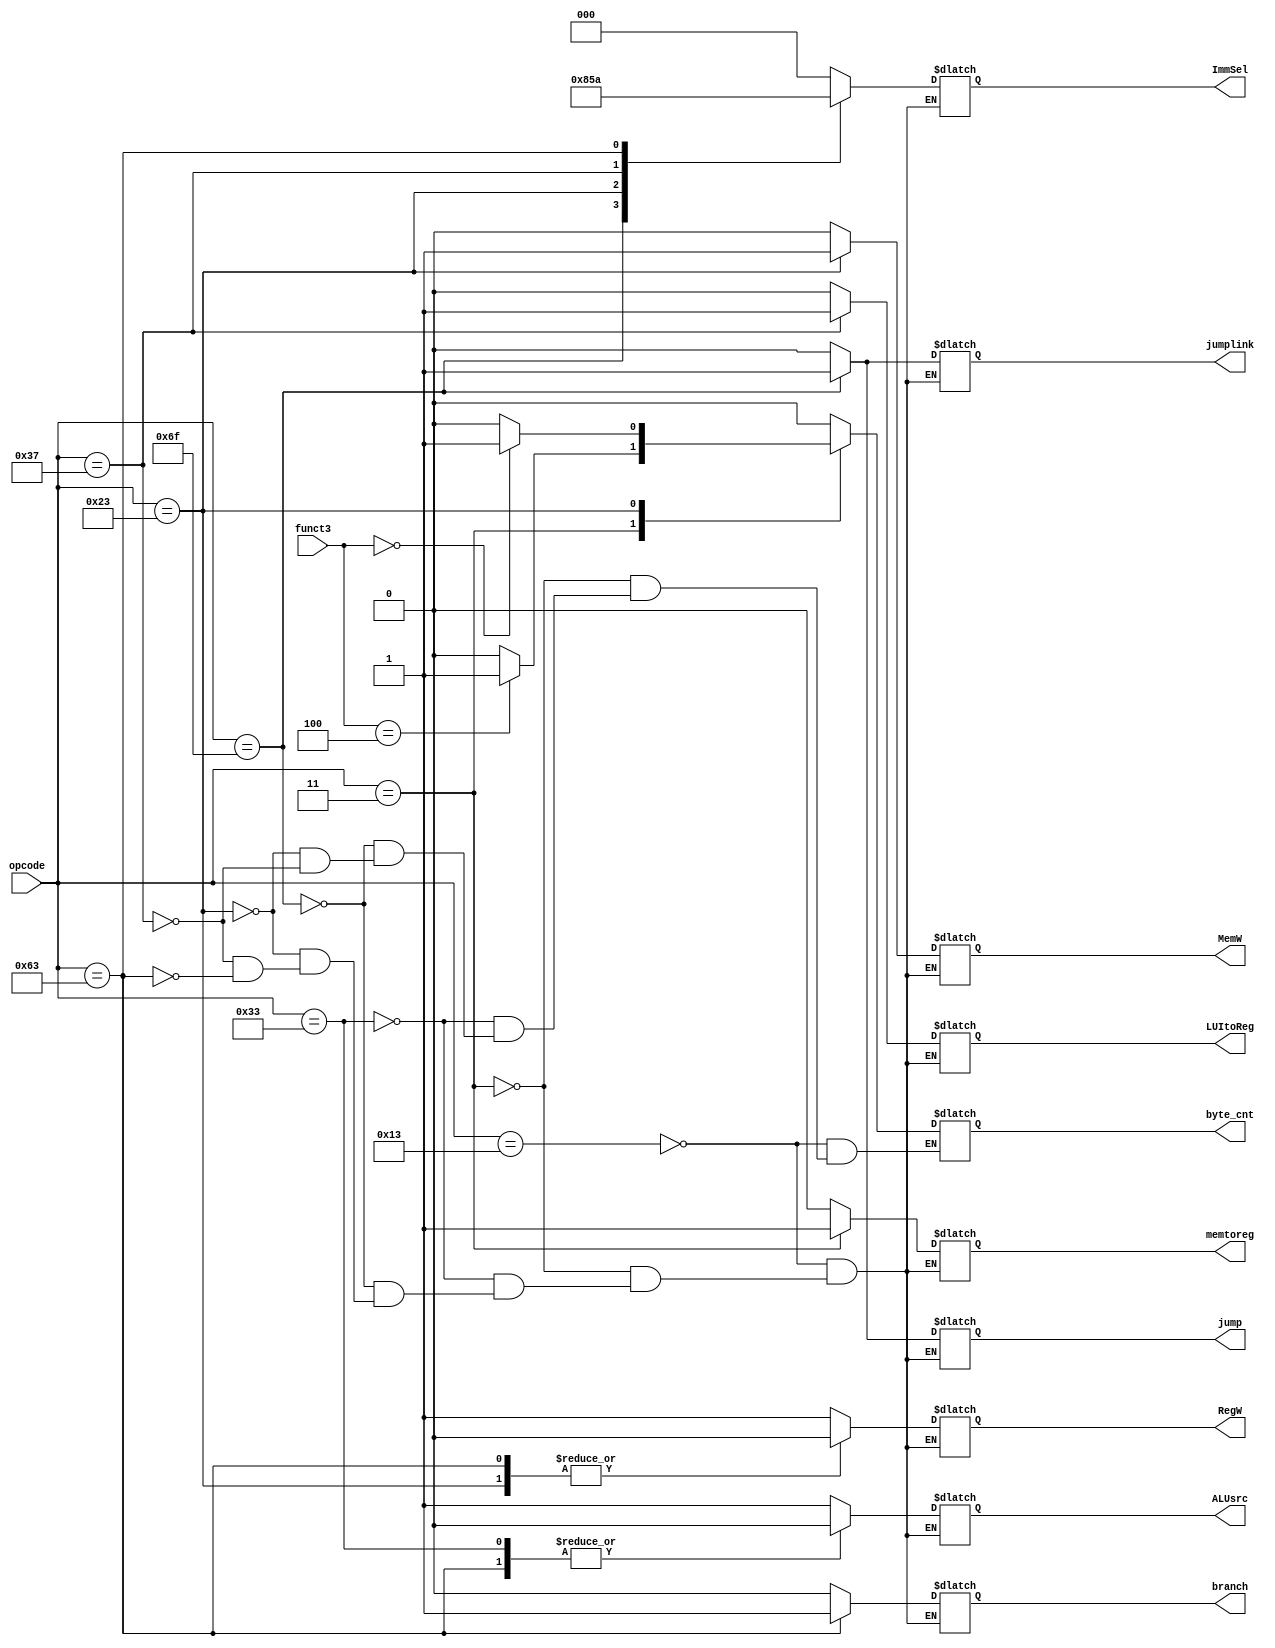
module UC(
 input [6:0] opcode,
 input [2:0] funct3,
 
 output reg  [2:0] ImmSel, //para generador de inmediato
 output reg branch, jump, jumplink, memtoreg, MemW, ALUsrc, RegW, LUItoReg, byte_cnt); //multiplexores


always @(*)
begin
 case(opcode)
 7'b0010011:  begin  // 19 (tipo I)
     branch = 1'b0;
     jump = 1'b0;
     jumplink = 1'b0;
     memtoreg = 1'b0;
     MemW = 1'b0;
     ALUsrc = 1'b1;
     RegW = 1'b1;
     ImmSel = 3'b000;
     LUItoReg = 1'b0;
	  byte_cnt = 1'b0;
     end

 7'b0000011: begin // 3 (tipo I load)
     branch = 1'b0;
     jump = 1'b0;
     jumplink = 1'b0;
     memtoreg = 1'b1;
     MemW = 1'b0;
     ALUsrc = 1'b1;
     RegW = 1'b1;
     ImmSel = 3'b000;
     LUItoReg = 1'b0;
	  if (funct3 == 3'b100) byte_cnt = 1'b1;
	  else byte_cnt = 1'b0;
    end

 7'b0110011: begin // 51 (tipo R)
     branch = 1'b0;
     jump = 1'b0;
     jumplink = 1'b0;
     memtoreg = 1'b0;
     MemW = 1'b0;
     ALUsrc = 1'b0;
     RegW = 1'b1;
     ImmSel = 3'b000;
     LUItoReg = 1'b0;
	  byte_cnt = 1'b0;
     end

 7'b1101111: begin // 111 (tipo J) jal
     branch = 1'b0;
     jump = 1'b1;
     jumplink = 1'b1;
     memtoreg = 1'b0;
     MemW = 1'b0;
     ALUsrc = 1'bx;
     RegW = 1'b01;
     ImmSel = 3'b100;
     LUItoReg = 1'b0;
	  byte_cnt = 1'b0;
     end

 7'b0100011: begin // 35 (tipo S)
     branch = 1'b0;
     jump = 1'b0;
     jumplink = 1'b0;
     memtoreg = 1'b0;
     MemW = 1'b1;
     ALUsrc = 1'b1;
     RegW = 1'b0;
     ImmSel = 3'b001;
     LUItoReg = 1'b0;
	  if (funct3 == 3'b000) byte_cnt = 1'b1;
	  else byte_cnt = 1'b0;
     end

 7'b0110111: begin // 55 (tipo U) lui
     branch = 1'b0;
     jump = 1'b0;
     jumplink = 1'b0;
     memtoreg = 1'b0;
     MemW = 1'b0;
     ALUsrc = 1'b1;
     RegW = 1'b1;
     ImmSel = 3'b011;
     LUItoReg = 1'b1;
	  byte_cnt = 1'b0;
     end


 7'b1100011: begin // 99 (tipo B) bne
     branch = 1'b1;
     jump = 1'b0;
     jumplink = 1'b0;
     memtoreg = 1'b0;
     MemW = 1'b0;
     ALUsrc = 1'b0;
     RegW = 1'b0;
     ImmSel = 3'b010;
     LUItoReg = 1'b0;
     end

 endcase
end

endmodule